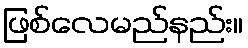
ဖြစ်လေမည်နည်း။